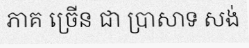
ភាគ ច្រើន ជា ប្រាសាទ សង់